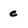
Character: c